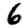
Digit: 6